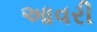
આવરી